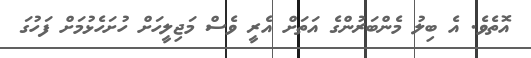
އޮތެވެ. އެ ބިލު މެންބަރުންގެ އަތަށް އެރީ ވެސް މަޖިލީހަށް ހުށަހެޅުމަށް ފަހުގަ